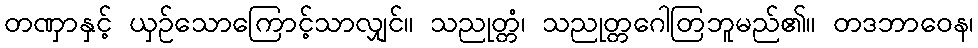
တဏှာနှင့် ယှဉ်သောကြောင့်သာလျှင်။ သညုတ္တံ၊ သညုတ္တဂေါတြဘူမည်၏။ တဒဘာဝေန၊